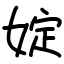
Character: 婝